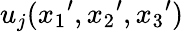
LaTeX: {u_{j}}({x_{1}}^{\prime},{x_{2}}^{\prime},{x_{3}}^{\prime})